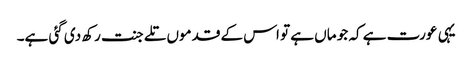
یہی عورت ہے کہ جو ماں ہے تو اس کے قدموں تلے جنت رکھ دی گئی ہے۔